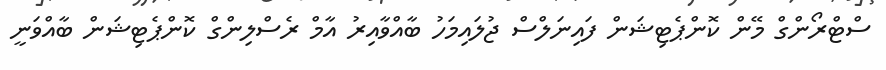
ސްޓްރޯންގް މޭން ކޮންޕެޓިޝަން ފައިނަލްސް ޖުލައިމަހު ބާއްވާއިރު އާމް ރެސްލިންގް ކޮންޕެޓިޝަން ބާއްވަނީ